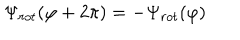
\Psi _ { r o t } ( \varphi + 2 \pi ) = - \Psi _ { r o t } ( \varphi )